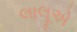
લાલૂએ